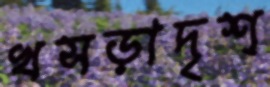
খসড়াদৃশ্